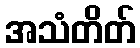
အသံတိတ်